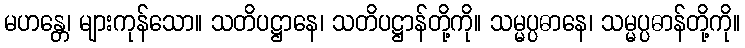
မဟန္တေ၊ များကုန်သော။ သတိပဋ္ဌာနေ၊ သတိပဋ္ဌာန်တို့ကို။ သမ္မပ္ပဓာနေ၊ သမ္မပ္ပဓာန်တို့ကို။